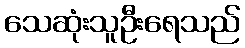
သေဆုံးသူဦးရေသည်